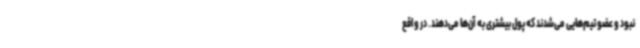
نبود و عضو تیم‌هایی می‌شدند که پول بیشتری به آن‌ها می‌دهند. در واقع